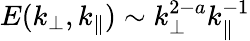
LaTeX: E(k_{\perp},k_{\parallel})\sim k_{\perp}^{2-a}k_{\parallel}^{-1}